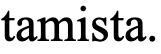
tamista.